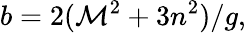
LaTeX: b=2(\mathcal{M}^{2}+3n^{2})/g,